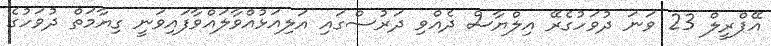
އޭޕްރީލް 23 ވަނަ ދުވަހުގެރޭ އިލްޔާސް ދެއްވި ދަރުސްގައި އަލިއަޅުއްވާލައްވާފައިވަނީ ގިޔާމަތް ދުވަހުގެ